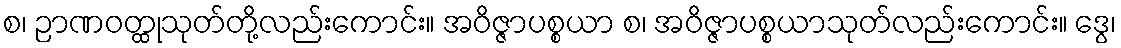
စ၊ ဉာဏဝတ္ထုသုတ်တို့လည်းကောင်း။ အဝိဇ္ဇာပစ္စယာ စ၊ အဝိဇ္ဇာပစ္စယာသုတ်လည်းကောင်း။ ဒွေ၊